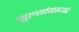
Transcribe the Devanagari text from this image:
मूल्यांकाधारे